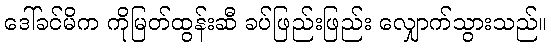
ဒေါ်ခင်မိက ကိုမြတ်ထွန်းဆီ ခပ်ဖြည်းဖြည်း လျှောက်သွားသည်။